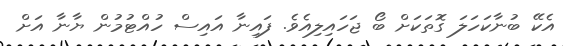
އެކޭ ބުނާކަހަލަ ގޮތަކަށް ބޯ ޖަހައިލިއެވެ. ފައިނާ އައިސް ހުއްޓުމުން ޔާނާ އަށް